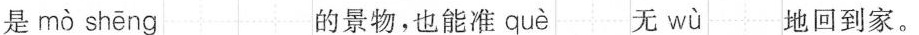
是 mò shēng 的景物，也能准 què 无 wù 地回到家。